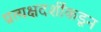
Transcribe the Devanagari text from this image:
प्रत्यक्षदर्शींकडून